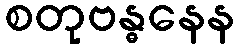
စတုဗန္ဓနေန